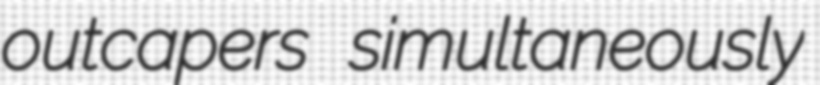
outcapers simultaneously